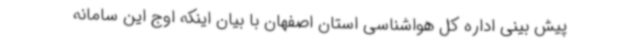
پیش بینی اداره کل هواشناسی استان اصفهان با بیان اینکه اوج این سامانه